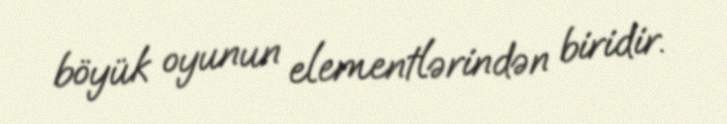
böyük oyunun elementlərindən biridir.